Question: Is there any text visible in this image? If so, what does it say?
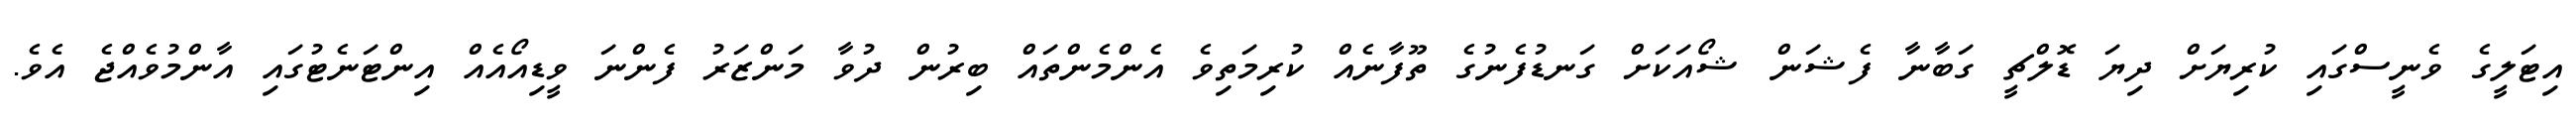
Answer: އިޓަލީގެ ވެނީސްގައި ކުރިޔަށް ދިޔަ ޑޮލްޗީ ގަބާނާ ފެޝަން ޝޯއަކަށް ގަނޑުފެނުގެ ތޫފާނެއް ކުރިމަތިވެ އެންމެންތައް ބިރުން ދުވާ މަންޒަރު ފެންނަ ވީޑިއޯއެއް އިންޓަނެޓުގައި އާންމުވެއްޖެ އެވެ.